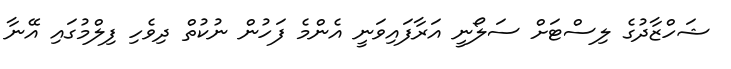
ޝަހްޒާދުގެ ލިސްޓަށް ސަލޯނީ އަރާފައިވަނީ އެންމެ ފަހުން ނުކުތް ދިވެހި ފިލްމުގައި އޭނާ